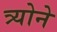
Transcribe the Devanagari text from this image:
त्र्योने